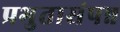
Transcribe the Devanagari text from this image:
प्रभुतासंपन्न